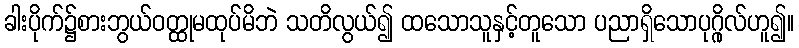
ခါးပိုက်၌စားဘွယ်ဝတ္ထုမထုပ်မိဘဲ သတိလွယ်၍ ထသောသူနှင့်တူသော ပညာရှိသောပုဂ္ဂိုလ်ဟူ၍။